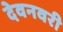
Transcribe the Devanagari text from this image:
देवनवरी